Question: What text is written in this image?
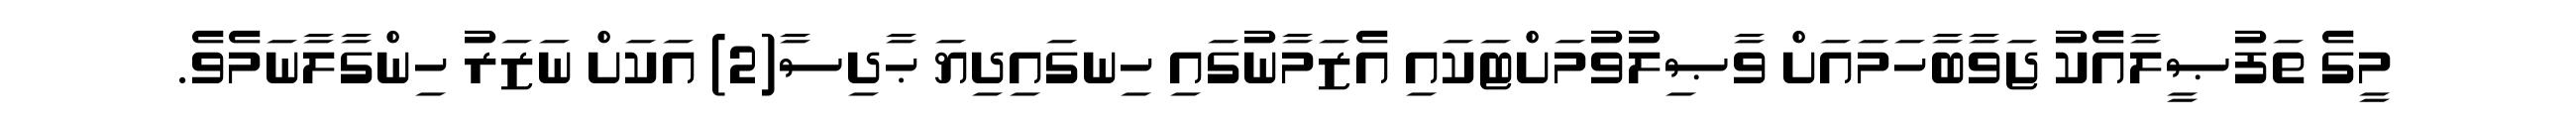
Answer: މީގެ ތަފުޞީލާއެކު ޖަވާބާހަމައަށް ވާޞިލުވުމަށްޓަކައި އެޒަމާނުގައި ހިނގައިދިޔަ ޙާދިސާ(2) އަކަށް ނަޒަރު ހިންގާލާނަމެވެ.